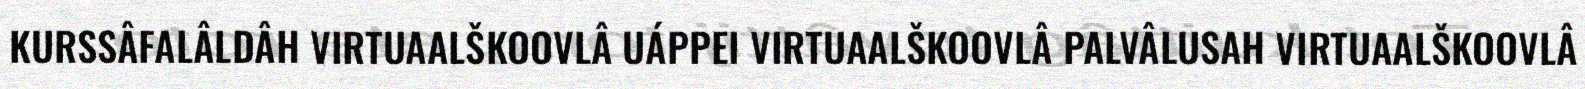
KURSSÂFALÂLDÂH VIRTUAALŠKOOVLÂ UÁPPEI VIRTUAALŠKOOVLÂ PALVÂLUSAH VIRTUAALŠKOOVLÂ